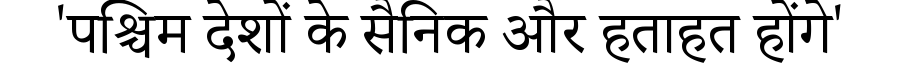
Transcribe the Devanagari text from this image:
'पश्चिम देशों के सैनिक और हताहत होंगे'